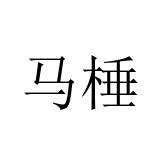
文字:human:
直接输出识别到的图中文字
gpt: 马棰